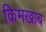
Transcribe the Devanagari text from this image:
किमखाब